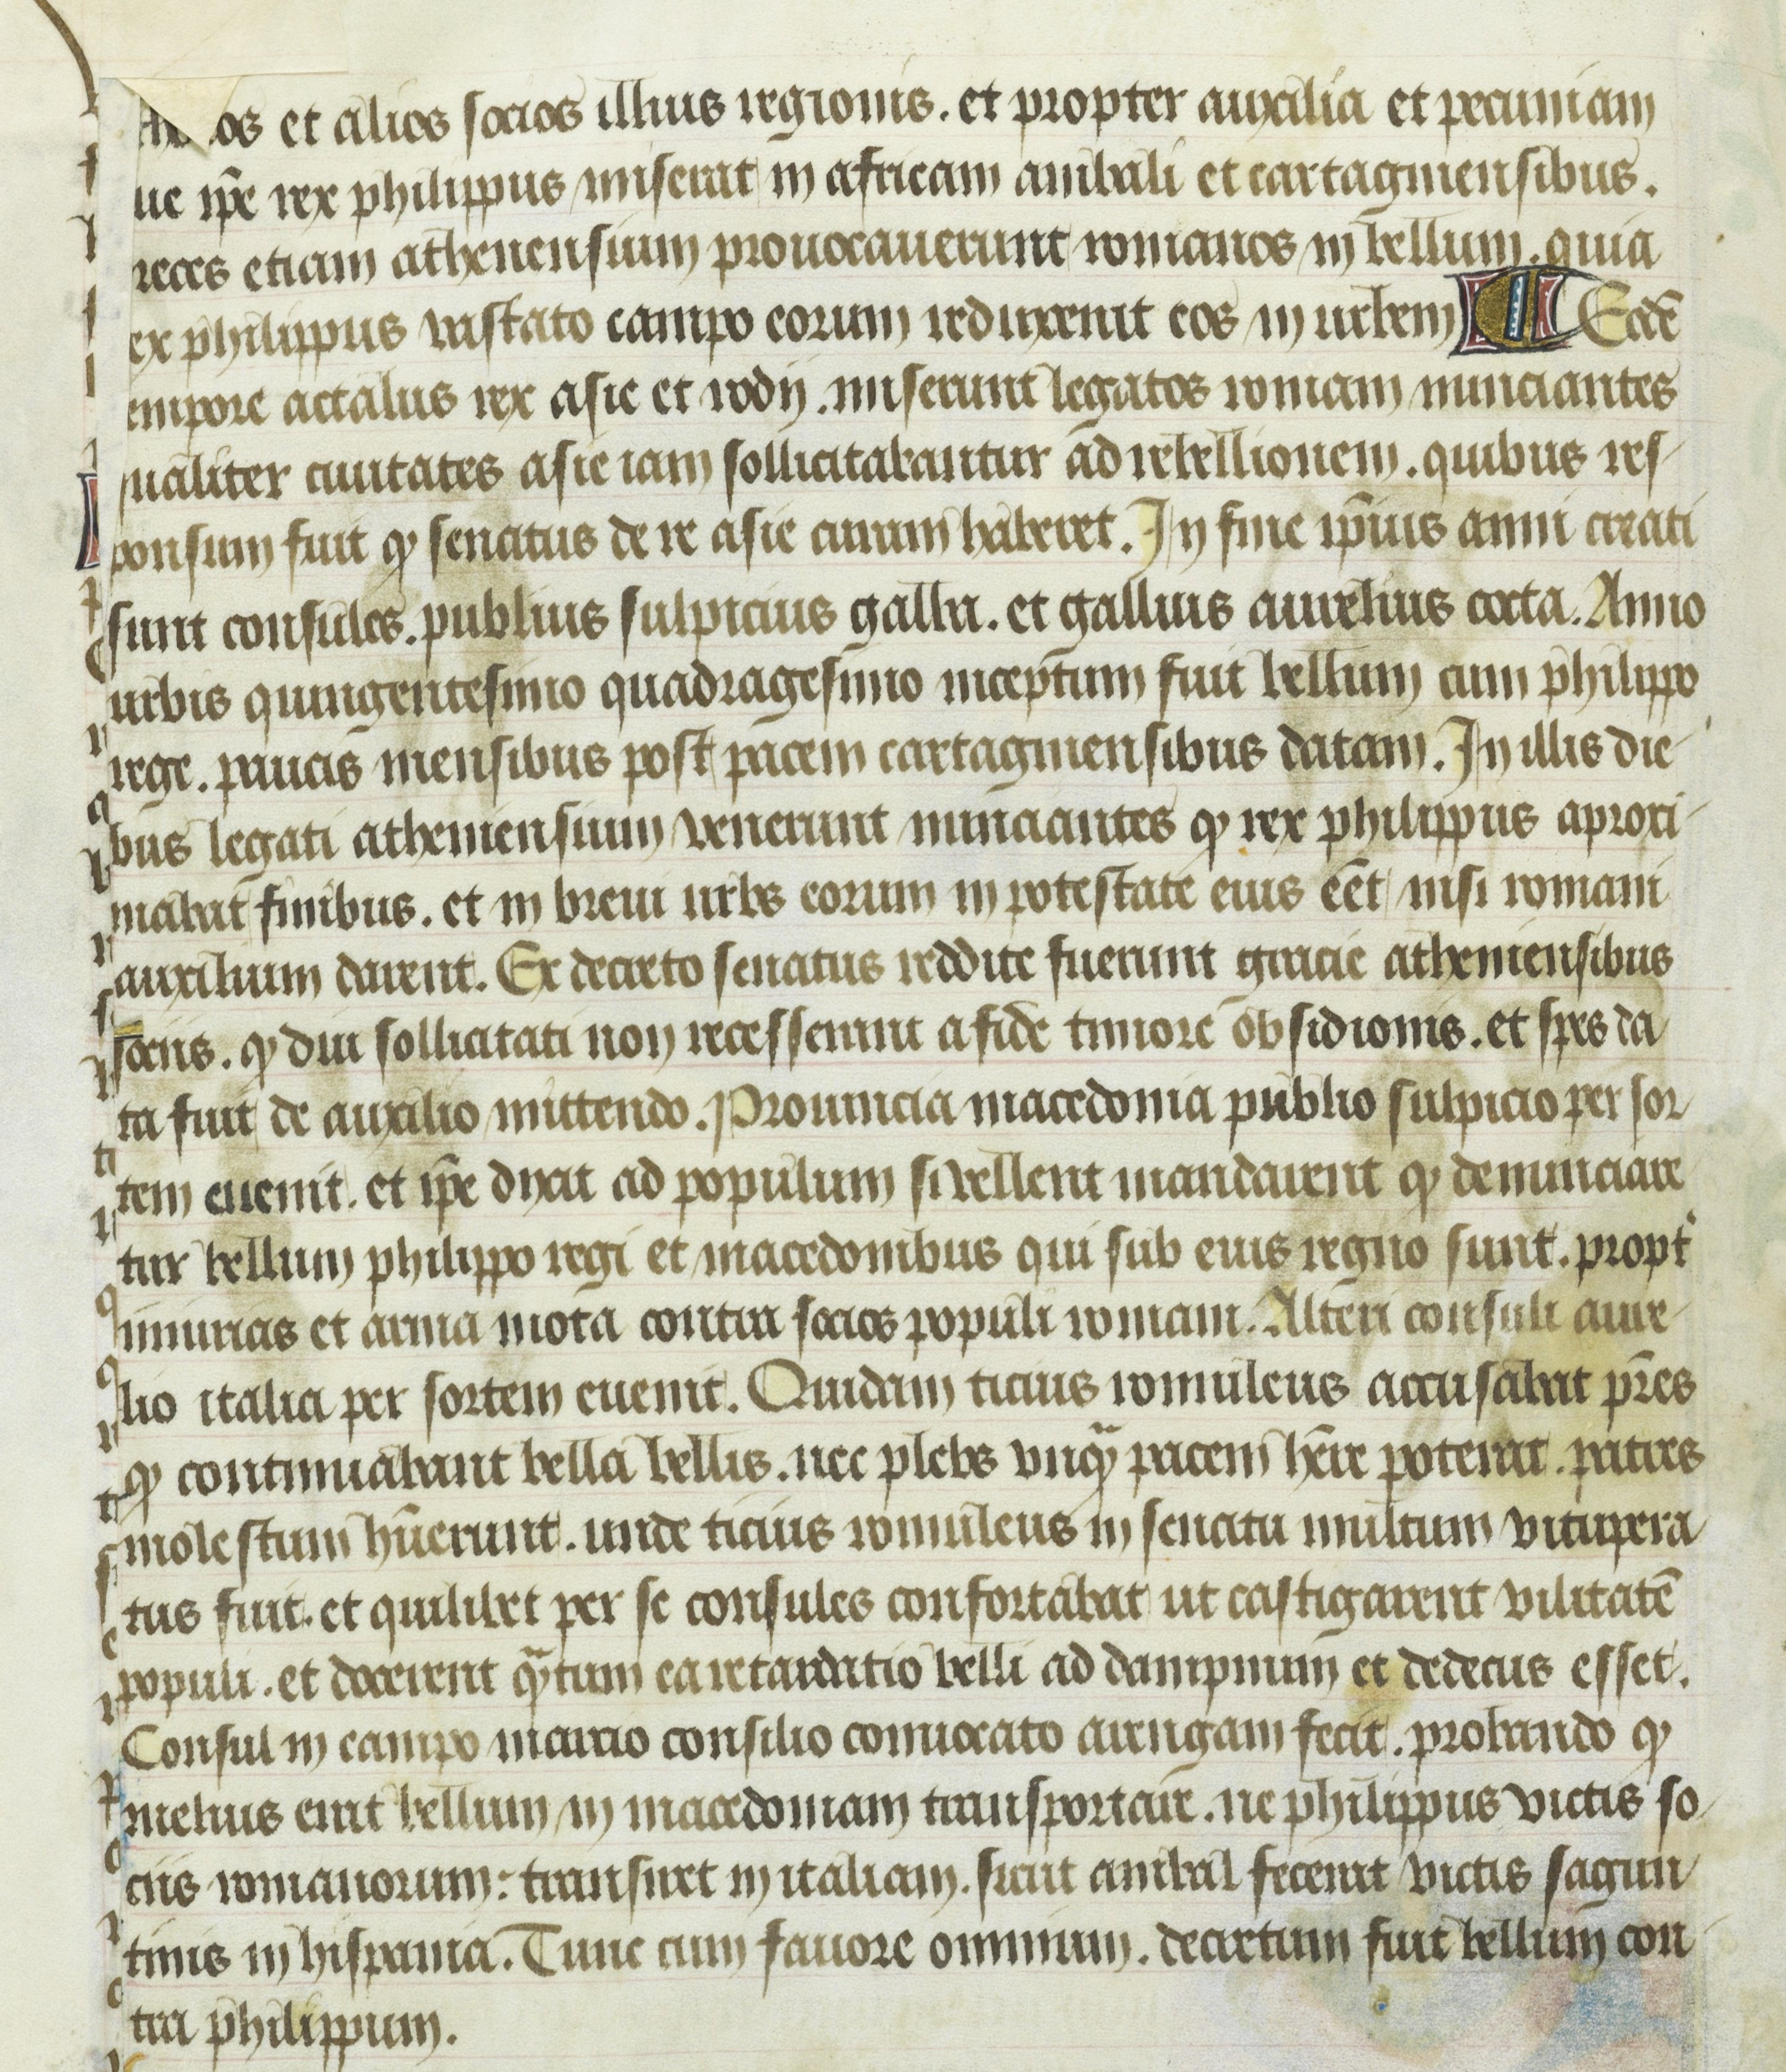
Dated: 1400–1499